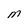
Character: M